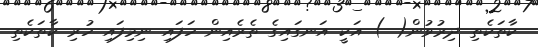
ކާތަކެތި ދިރުވުން( ) އަކީ އަނގައިގެ ތެރެއިން ހަފައި ނިމިފައި ހުރި ކާތަކެތި